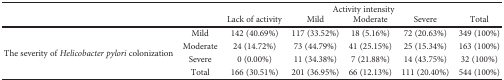
<table><thead><tr><td rowspan="2" colspan="2"></td><td colspan="5"><b>Activity intensity</b></td></tr><tr><td><b>Lack of activity</b></td><td><b>Mild</b></td><td><b>Moderate</b></td><td><b>Severe</b></td><td><b>Total</b></td></tr></thead><tbody><tr><td rowspan="4">The severity of <i>Helicobacter pylori</i> colonization</td><td>Mild</td><td>142 (40.69%)</td><td>117 (33.52%)</td><td>18 (5.16%)</td><td>72 (20.63%)</td><td>349 (100%)</td></tr><tr><td>Moderate</td><td>24 (14.72%)</td><td>73 (44.79%)</td><td>41 (25.15%)</td><td>25 (15.34%)</td><td>163 (100%)</td></tr><tr><td>Severe</td><td>0 (0.00%)</td><td>11 (34.38%)</td><td>7 (21.88%)</td><td>14 (43.75%)</td><td>32 (100%)</td></tr><tr><td>Total</td><td>166 (30.51%)</td><td>201 (36.95%)</td><td>66 (12.13%)</td><td>111 (20.40%)</td><td>544 (100%)</td></tr></tbody></table>